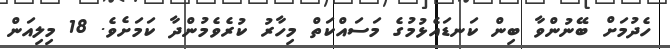
ހެދުމަށް ބޭނުންވާ ބިން ކަނޑައެޅުމުގެ މަސައްކަތް މިހާރު ކުރެވެމުންދާ ކަމަށެވެ. 18 މިލިއަން